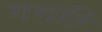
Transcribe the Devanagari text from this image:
गणति